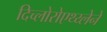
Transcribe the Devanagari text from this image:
दिच्लोरोएथ्य्लेने